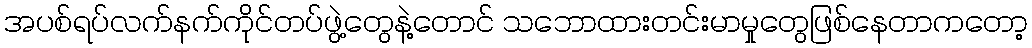
အပစ်ရပ်လက်နက်ကိုင်တပ်ဖွဲ့တွေနဲ့တောင် သဘောထားတင်းမာမှုတွေဖြစ်နေတာကတော့